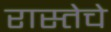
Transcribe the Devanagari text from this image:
रास्तेचे